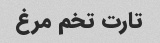
تارت تخم مرغ